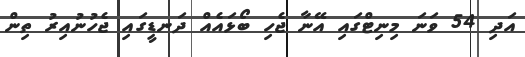
އަދި 54 ވަނަ މިނިޓްގައި އޭނާ ޖެހި ބޯޅައެއް ދަނޑީގައި ޖެހުނުއިރު ތިން